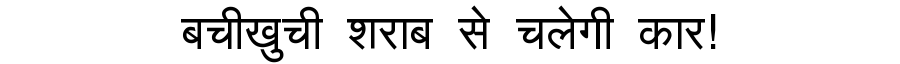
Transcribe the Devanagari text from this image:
बचीखुची शराब से चलेगी कार!